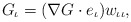
\begin{align*}G_{\iota}=(\nabla G\cdot e_{\iota})w_{\iota\iota},\end{align*}